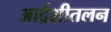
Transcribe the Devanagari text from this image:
आर्द्रशीतलन